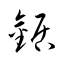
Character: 鋸